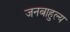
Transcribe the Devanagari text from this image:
जनबाहुल्य